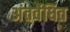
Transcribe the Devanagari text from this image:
अंतर्वेधित